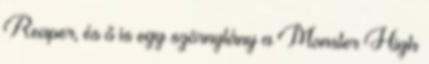
Reaper, és ő is egy szörnylány a Monster High